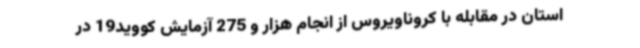
استان در مقابله با کروناویروس از انجام هزار و 275 آزمایش کووید19 در